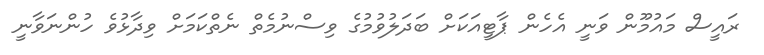
ރައީސް މައުމޫން ވަނީ އެހެން ޕާޓީއަކަށް ބަދަލުވުމުގެ ވިސްނުމެތް ނެތްކަމަށް ވިދާޅުވެ ހުންނަވާނީ